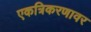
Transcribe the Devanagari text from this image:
एकत्रिकरणावर